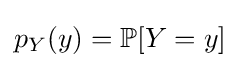
p_{Y}(y)=\mathbb {P} [Y=y]